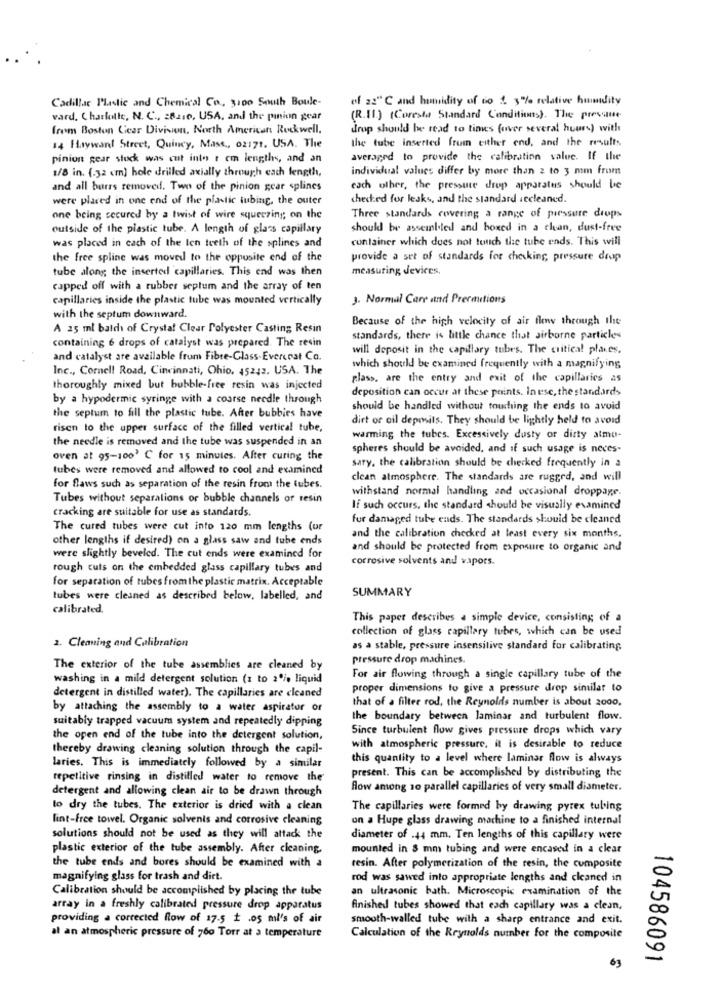
of 22" ℃ and humidity of do 2 3% relative humidity
Cadillac Plastic and Chemical Co ., 3100 South Boule-
vard. Charlotte, N. C ., 28210, USA, and the pinion gear
(R.II.) (Coresta Standard Conditions). The presque
from Boston Gear Division, North American Rockwell,
drop should be read to times (over several hours) with
the tube inserted from either end, and the results
14 Hayward Street, Quincy, Mass ., 02171. USA. The
pinion gear stock was cut into 1 cm lengths, and an
averaged to provide the calibration valve. If the
individual values differ by more than 2 to 3 mm from
1/8 in. (.32 cm) hole drilled axially through each length,
and all burrs removed. Two of the pinion gear splines
each other, the pressure drop apparatus should be
were placed in one end of the plastic tubing, the outer
checked for leaks, and the standard iecleaned.
one being secured by a twist of wire squeezing; on the
Three standards covering a range of pressure drops
outside of the plastic tube. A length of glass capillary
choukl be assembled and boxed in a clean, dust-free
container which does not touch the tube ends. This will
was placed in cach of the len teeth of the splines and
the free spline was moved to the opposite end of the
provide a set of standards for checking, pressure drop
tube along the inserted capillaries. This end was then
measuring devices.
capped off with a rubber septum and the array of ten
capillaries inside the plastic tube was mounted vertically
3. Normal Care and Preemitions
with the septum downward.
Because of the high velocity of air flow through the
A 25 ml batch of Crystal Clear Polyester Casting Resin
containing 6 drops of catalyst was prepared. The resin
standards, there is little chance that airborne particles
will deposit in the capillary tubes. The critical planes.
and catalyst are available from Fibre-Glass-Evercoat Co.
Inc ., Cornell Road, Cincinnati, Ohio, 45243. USA. The
which should be examined frequently with a magnifying
plass, are the entry and exit of the capillaries as
thoroughly mixed but bubble-free resin was injected
deposition can occur at these points. In ese, the standards
by a hypodermic syringe with a coarse needle through
the septum to fill the plastic tube. After bubbies have
should be handled without touching the ends to avoid
dirt or oil deposits. They should be lightly held to avoid
risen to the upper surface of the filled vertical tube,
the needle is removed and the tube was suspended in an
warming the tubes. Excessively dusty or dirty atmo-
spheres should be avoided, and if such usage is neces-
oven at 95-100' C for 15 minutes. After curing the
tubes were removed and allowed to cool and examined
sary, the calibration should be checked frequently in a
clean atmosphere. The standards are rugged, and will
for flaws such as separation of the resin from the tubes.
withstand normal handling and occasional droppage.
Tubes without separations or bubble channels or resin
cracking are suitable for use as standards.
If such occurs, the standard should be visually examined
fur damaged tube ends. The standards should be cleaned
The cured tubes were cut into 120 mm lengths (ur
other lengths if desired) on a glass saw and tube ends
and the calibration checked at least every six months.
and should be protected from exposure to organic and
were slightly beveled. The cut ends were examined for
corrosive solvents and vapors.
rough cuts on the embedded glass capillary tubes and
for separation of tubes fromthe plastic matrix. Acceptable
SUMMARY
tubes were cleaned as described below, labelled, and
calibrated.
This paper describes a simple device, consisting of a
collection of glass capillary tubes, which can be used
2. Cleaning and Calibration
as a stable, pressure insensitive standard for calibrating
pressure drop machines.
The exterior of the tube assemblies are cleaned by
washing in a mild detergent solution (1 to 2% liquid
For air flowing through a single capillary tube of the
detergent in distilled water). The capillaries are cleaned
proper dimensions to give a pressure drop similar to
that of a filter rod, the Reynolds number is about 2000,
by attaching the assembly to a water aspirator or
suitably trapped vacuum system and repeatedly dipping
the boundary between laminar and turbulent flow.
Since turbulent flow gives pressure drops which vary
the open end of the tube into the detergent solution,
thereby drawing cleaning solution through the capil-
with atmospheric pressure, it is desirable to reduce
this quantity to a level where laminar flow is always
laries. This is immediately followed by a similar
repetitive rinsing in distilled water to remove the
present. This can be accomplished by distributing the
detergent and allowing clean air to be drawn through
flow among 10 parallel capillaries of very small diameter.
to dry the tubes. The exterior is dried with a clean
The capillaries were formed by drawing pyrex tubing
lint-free towel. Organic solvents and corrosive cleaning
on a Hupe glass drawing machine to a finished internal
solutions should not be used as they will attack the
diameter of .44 mm. Ten lengths of this capillary were
plastic exterior of the tube assembly. After cleaning.
mounted in 8 mm tubing and were encased in a clear
the tube ends and bores should be examined with a
resin. After polymerization of the resin, the composite
magnifying glass for trash and dirt.
rod was sawed into appropriate lengths and cleaned in
Calibration should be accomplished by placing the tube
an ultrasonic bath. Microscopic examination of the
array in a freshly calibrated pressure drop apparatus
finished tubes showed that each capillary was a clean,
providing a corrected flow of 17.5 1 .05 ml's of air
smooth-walled tube with a sharp entrance and exit.
al an atmospheric pressure of 760 Torr at a temperature
Calculation of the Reynolds number for the composite
104586091
63